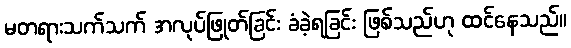
မတရားသက်သက် အလုပ်ဖြုတ်ခြင်း ခံခဲ့ရခြင်း ဖြစ်သည်ဟု ထင်နေသည်။